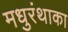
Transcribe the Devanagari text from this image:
मधुरंथाका